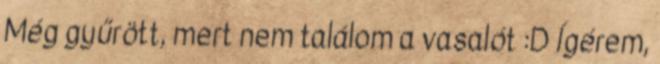
Még gyűrött, mert nem találom a vasalót :D Ígérem,